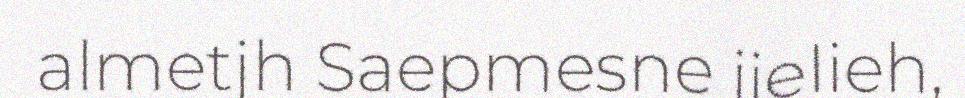
almetjh Saepmesne jielieh,